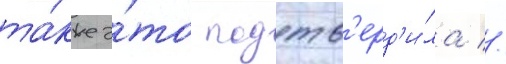
та́кже э́то подтв'ерд'и́ла //